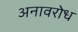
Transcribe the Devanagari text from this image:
अनावरोध